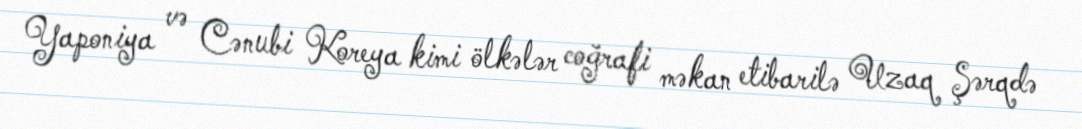
Yaponiya və Cənubi Koreya kimi ölkələr coğrafi məkan etibarilə Uzaq Şərqdə